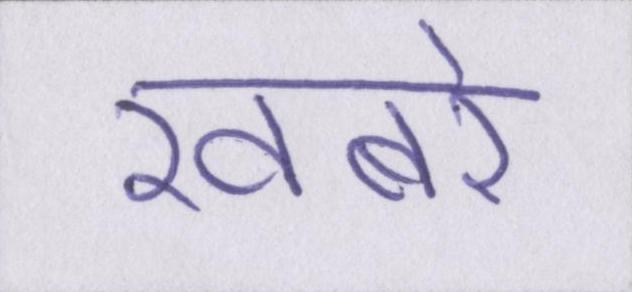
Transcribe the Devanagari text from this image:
खबरे